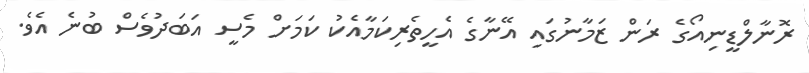
ރޮނާލްޑީނިއޯގެ ރަން ޒަމާނުގައި އޭނާގެ އެހީތެރިކަމާއެކު ކަމަށް މެސީ އަބަދުވެސް ބުނެ އެވެ.